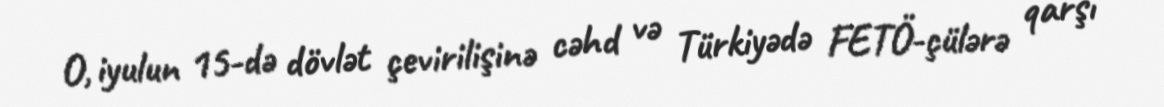
O, iyulun 15-də dövlət çevirilişinə cəhd və Türkiyədə FETÖ-çülərə qarşı